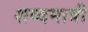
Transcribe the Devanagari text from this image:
शब्दमात्री